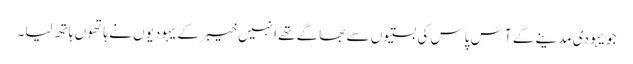
جویہودی مدینے کے آس پاس کی بستیوں سے بھاگے تھے انہیں خیبر کے یہودیوں نے ہاتھوں ہاتھ لیا۔